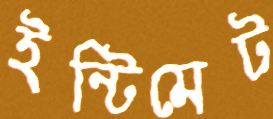
ইন্টিমেট